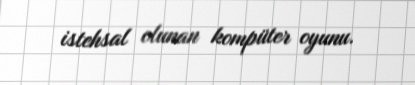
istehsal olunan kompüter oyunu.